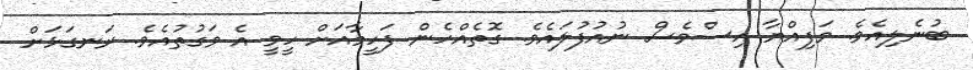
ބުނެލިއެވެ. ވަފިއްޔާ އިސްވެސް ނުއުފުލައެވެ. ގޮތެއްހެން ފަހީމާއަށް ހީވީ އެ ވަގުތުއެވެ. ރަނގަޅަށް